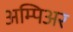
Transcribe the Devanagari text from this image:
अम्पिअर